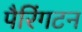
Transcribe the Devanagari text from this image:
पैरिंगटन